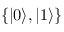
\{ \ensuremath { | 0 \rangle } , \ensuremath { | 1 \rangle } \}